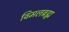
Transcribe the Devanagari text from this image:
विमलब्रह्म